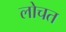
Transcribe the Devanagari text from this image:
लोचत